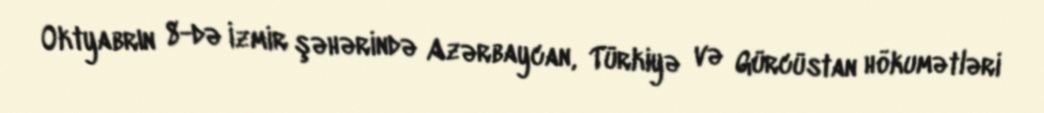
Oktyabrın 8-də İzmir şəhərində Azərbaycan, Türkiyə və Gürcüstan hökumətləri